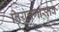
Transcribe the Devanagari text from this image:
नियंत्रणास्तव